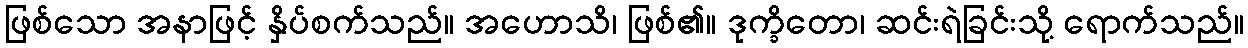
ဖြစ်သော အနာဖြင့် နှိပ်စက်သည်။ အဟောသိ၊ ဖြစ်၏။ ဒုက္ခိတော၊ ဆင်းရဲခြင်းသို့ ရောက်သည်။